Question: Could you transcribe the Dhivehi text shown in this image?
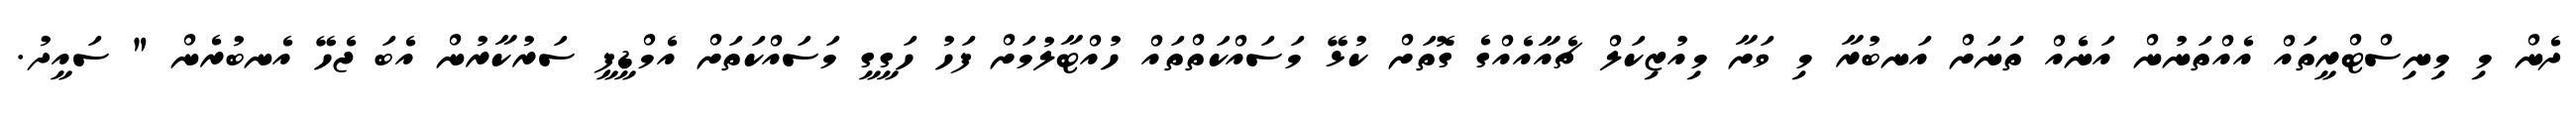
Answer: ދެން މި މިނިސްޓްރީތައް އެއްތަނުން އަނެއް ތަަނަށް އަނބުރާ މި ވަށާ މިއުޒިކަލް ޗެއާއެއްގެ ގޮތަށް ކުޅޭ މަސައްކަތްތައް ހުއްޓާލުމަށް ފަހު ހަގީގީ މަސައްކަތަށް އެމްޑީޕީ ސަރުކާރުން އެބަ ޖެހޭ އެނބުރެން " ސައީދު.